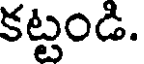
కట్టండి.